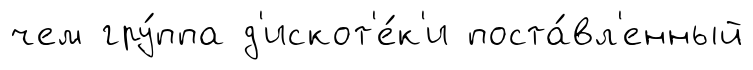
чем гру́ппа д'искот'е́к'и поста́вл'енный